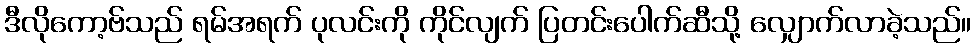
ဒီလိုကော့ဗ်သည် ရမ်အရက် ပုလင်းကို ကိုင်လျက် ပြတင်းပေါက်ဆီသို့ လျှောက်လာခဲ့သည်။